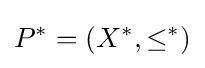
P^{*}=(X^{*},\leq ^{*})